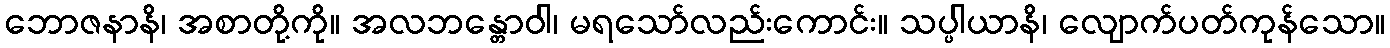
ဘောဇနာနိ၊ အစာတို့ကို။ အလဘန္တောဝါ၊ မရသော်လည်းကောင်း။ သပ္ပါယာနိ၊ လျောက်ပတ်ကုန်သော။